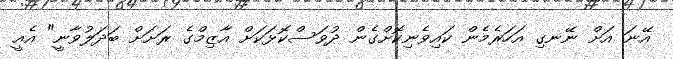
އޭނަ އަށް ނޭނގި އަހަރެމެން ކައިވެނިކޮށްގެން ދުވަސްކޮޅަކަށް އާޒިމްގެ ރަށަށް ބަދަލުވާނީ" އެއީ